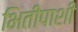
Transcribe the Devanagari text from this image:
भितीपाशी